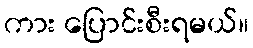
ကား ပြောင်းစီးရမယ်။